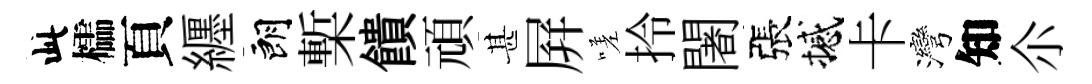
此櫺頁纒朗槧饋頑甚屛嗟拎闍張撼卡灣知尒